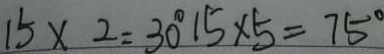
1 5 \times 2 = 3 0 ^ { \circ } 1 5 \times 5 = 7 5 ^ { \circ }